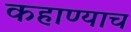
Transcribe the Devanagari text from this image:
कहाण्याच